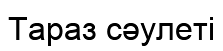
Тараз сәулеті